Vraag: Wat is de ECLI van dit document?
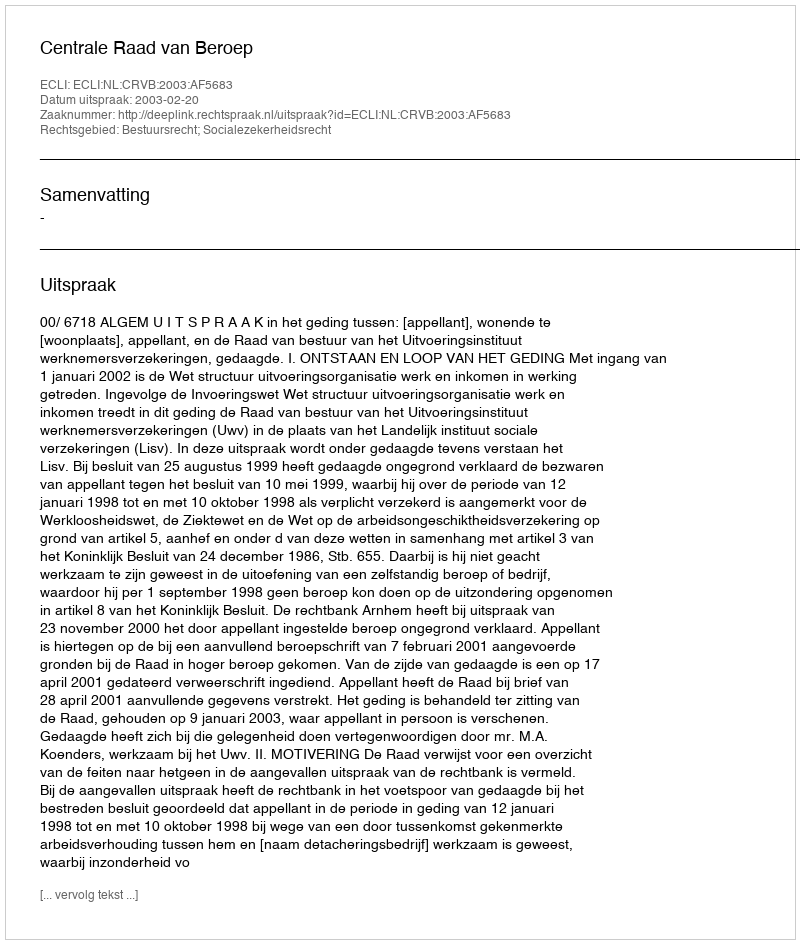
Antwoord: ECLI:NL:CRVB:2003:AF5683